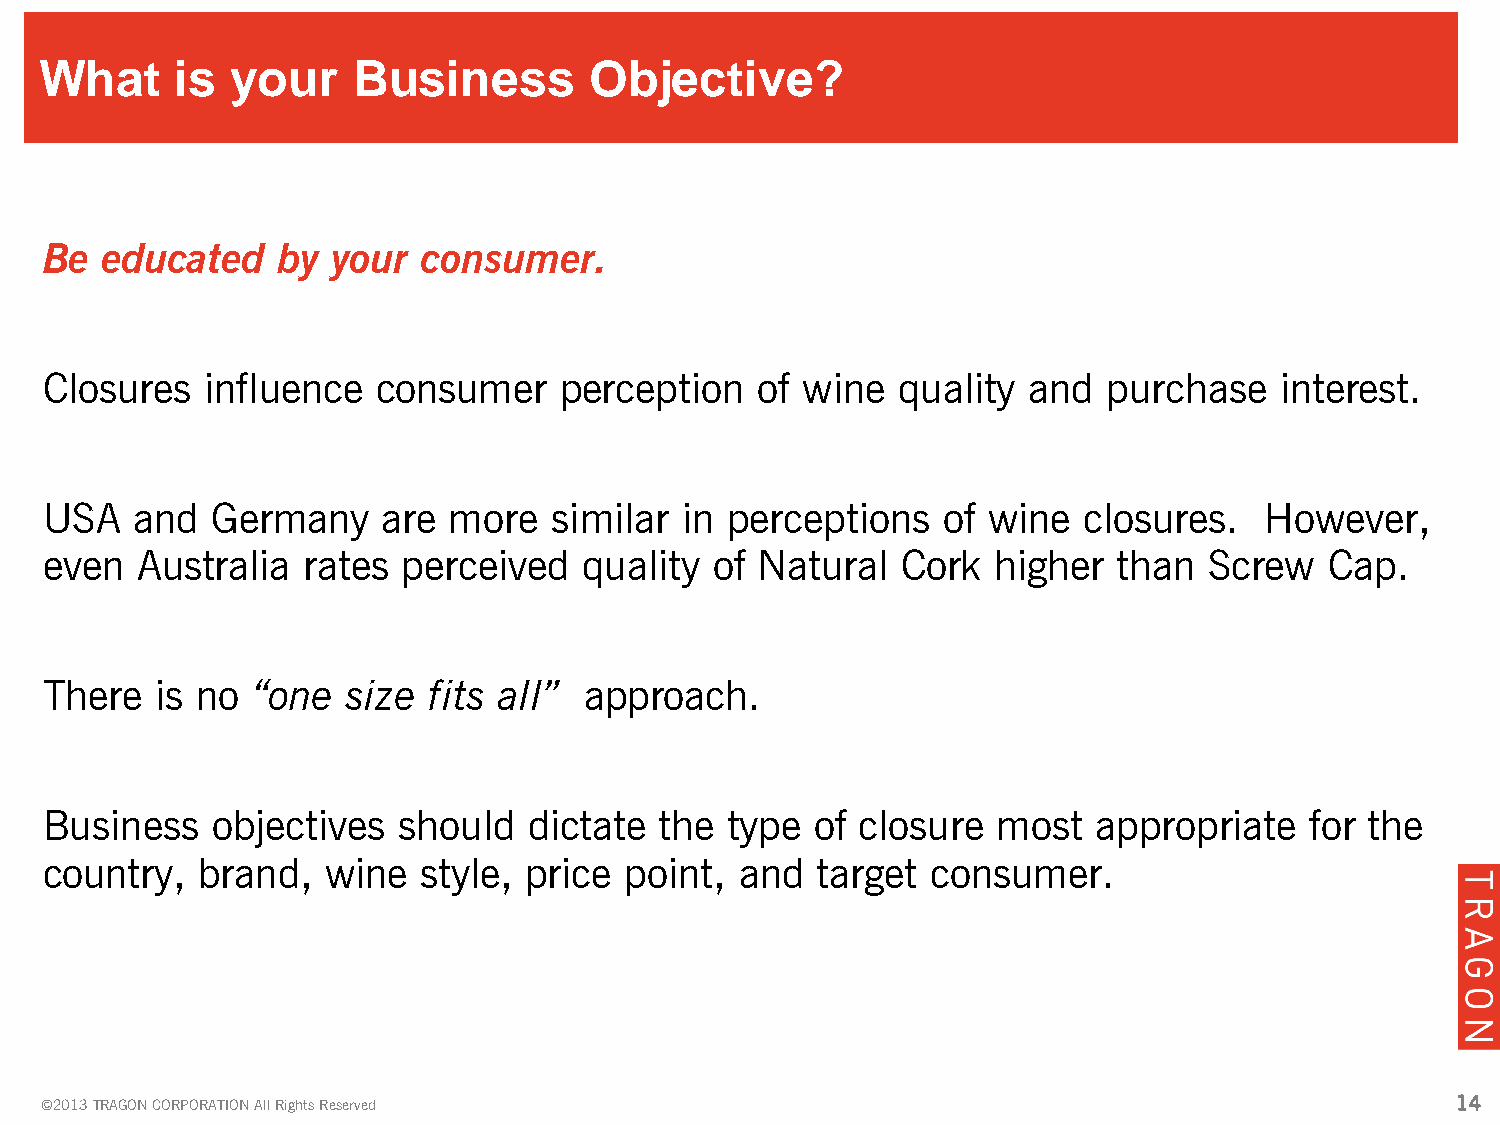
What     is your    Business        Objective?
 Be  educated   by  your  consumer.
 Closures   influence  consumer    perception   of wine  quality  and  purchase    interest.
 USA   and  Germany    are  more  similar  in perceptions   of wine   closures.   However,
 even  Australia  rates  perceived   quality of Natural   Cork  higher  than  Screw   Cap.
 There  is no  “one  size fits all”  approach.
 Business   objectives  should   dictate  the type  of closure  most   appropriate   for the
 country,  brand,   wine  style, price point,  and  target  consumer.
 ©2013 TRAGON CORPORATION All Rights Reserved                                                 14